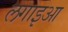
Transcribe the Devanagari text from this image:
लगाइआ